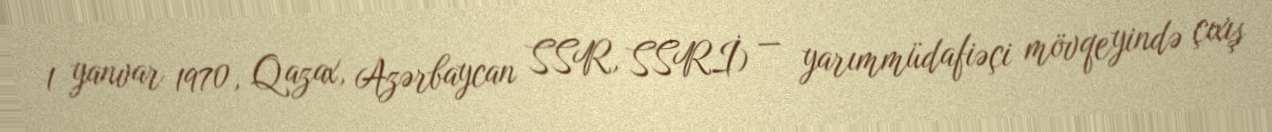
1 yanvar 1970, Qazax, Azərbaycan SSR, SSRİ) — yarımmüdafiəçi mövqeyində çıxış